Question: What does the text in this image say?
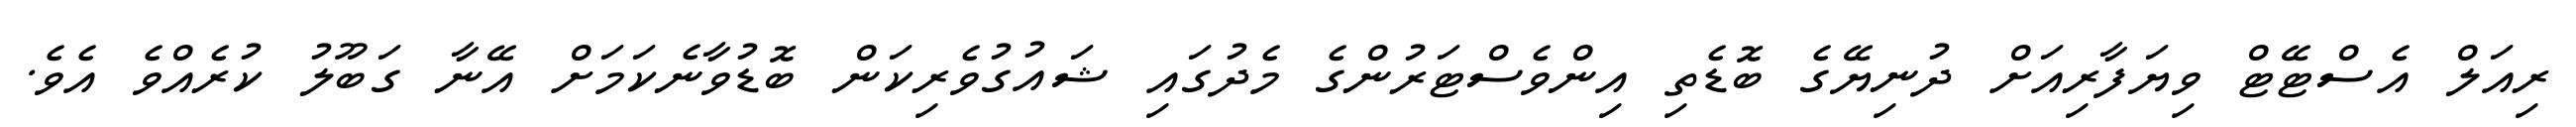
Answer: ރިއަލް އެސްޓޭޓް ވިޔަފާރިއަށް ދުނިޔޭގެ ބޮޑެތި އިންވެސްޓަރުންގެ މެދުގައި ޝައުގުވެރިކަން ބޮޑުވާނެކަމަށް އޭނާ ގަބޫލު ކުރެއްވެ އެވެ.